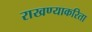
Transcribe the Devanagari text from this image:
राखण्याकरिता